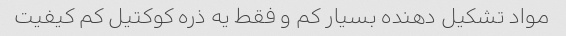
مواد تشکیل دهنده بسیار کم و فقط یه ذره کوکتیل کم کیفیت